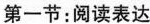
第一节:阅读表达